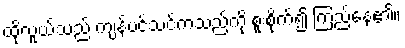
ထိုလူယ်သည် ကျန်ပင်သင်ကသည်ကို စူးစိုက်၍ ကြည်နေ၏။